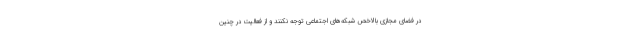
در فضای مجازی بالاخص شبکه‌های اجتماعی توجه نکنند و از فعالیت در چنین